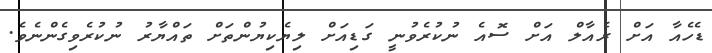
ޑެހެއާ އަށް ރެއާލް އަށް ސޮއެ ނުކުރެެވުނީ ގަޑިއަށް ލިޔެކިޔުންތަށް ތައްޔާރު ނުކުރެވިގެންނެވެ.